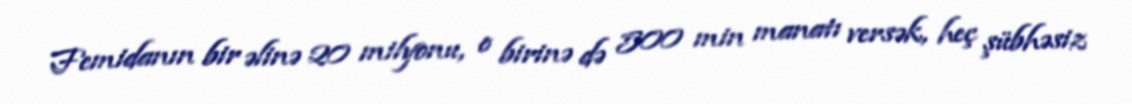
Femidanın bir əlinə 20 milyonu, o birinə də 500 min manatı versək, heç şübhəsiz